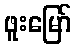
ဖူးမြော်